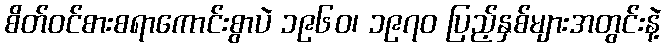
စိတ်ဝင်စားစရာကောင်းစွာပဲ ၁၉၆၀၊ ၁၉၇၀ ပြည့်နှစ်များအတွင်းနဲ့